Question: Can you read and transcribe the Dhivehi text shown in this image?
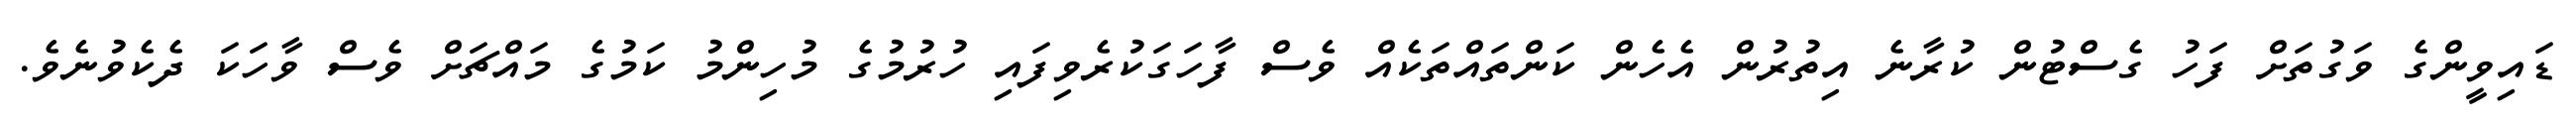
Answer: ޑައިވީންގެ ވަގުތަށް ފަހު ގެސްޓުން ކުރާނެ އިތުރުން އެހެން ކަންތައްތަކެއް ވެސް ފާހަގަކުރެވިފައި ހުރުމުގެ މުހިންމު ކަމުގެ މައްޗަށް ވެސް ވާހަކަ ދެކެވުނެވެ.